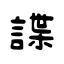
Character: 諜